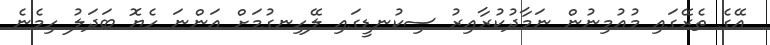
އޭގެ ތެރޭގައި މުއުމިނުން ނަމާދުކުރާއިރު ސިކުނޑީގައި ލޭހިނގުމަށް އަންނަ ހެޔޮ ބަދަލު ހިމެނެ